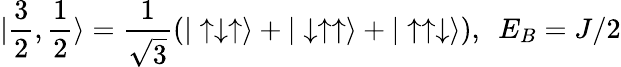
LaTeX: |\frac{3}{2},\frac{1}{2}\rangle=\frac{1}{\sqrt{3}}(|\uparrow\downarrow\uparrow\rangle+|\downarrow\uparrow\uparrow\rangle+|\uparrow\uparrow\downarrow\rangle),\ \ E_{B}=J/2